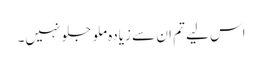
اس لیے تم ان سے زیادہ ملو جلو نہیں۔